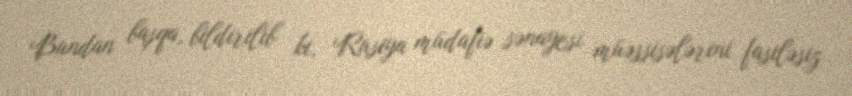
Bundan başqa, bildirilib ki, Rusiya müdafiə sənayesi müəssisələrini fasiləsiz